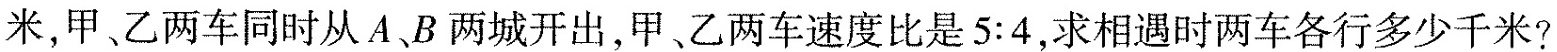
米，甲、乙两车同时从A、B两城开出，甲、乙两车速度比是$$5:4$$，求相遇时两车各行多少千米?